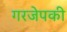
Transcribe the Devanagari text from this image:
गरजेपकी